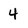
Character: 4